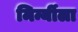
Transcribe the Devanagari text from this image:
मिर्न्यीला